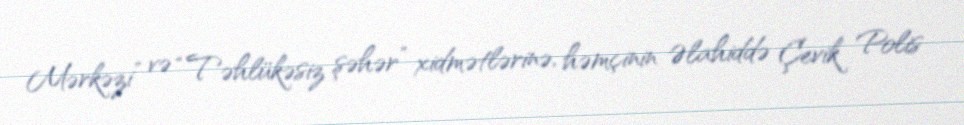
Mərkəzi” və “Təhlükəsiz şəhər” xidmətlərinə, həmçinin Əlahiddə Çevik Polis